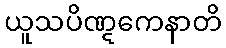
ယူသပိဏ္ဋကေနာတိ